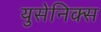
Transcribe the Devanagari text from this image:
युसेनिक्स